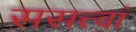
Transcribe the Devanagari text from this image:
ससत्त्वां